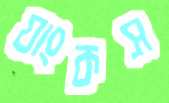
যাংকস